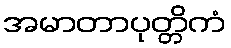
အမာတာပုတ္တိကံ